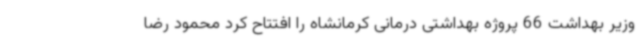
وزیر بهداشت 66 پروژه بهداشتی درمانی کرمانشاه را افتتاح کرد محمود رضا